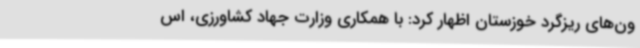
ون‌های ریزگرد خوزستان اظهار کرد: با همکاری وزارت جهاد کشاورزی، اس